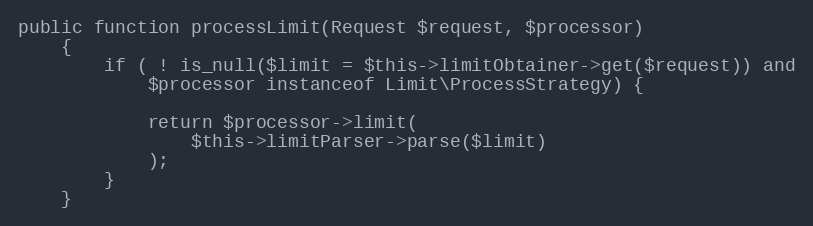
Language: PHP
public function processLimit(Request $request, $processor)
    {
        if ( ! is_null($limit = $this->limitObtainer->get($request)) and
            $processor instanceof Limit\ProcessStrategy) {

            return $processor->limit(
                $this->limitParser->parse($limit)
            );
        }
    }